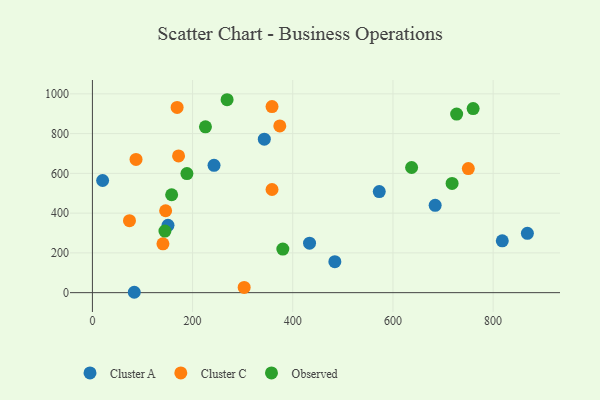
{"axis": {"x": "Engine Size", "y": "Salary"}, "legend": ["Cluster A", "Cluster C", "Observed"], "data": [{"x": "433.5", "y": 248.9, "type": "Cluster A"}, {"x": "684.3", "y": 439.5, "type": "Cluster A"}, {"x": "83.6", "y": 1.9, "type": "Cluster A"}, {"x": "868.4", "y": 298.6, "type": "Cluster A"}, {"x": "20.4", "y": 564.1, "type": "Cluster A"}, {"x": "484.0", "y": 155.9, "type": "Cluster A"}, {"x": "572.7", "y": 508.4, "type": "Cluster A"}, {"x": "343.2", "y": 771.8, "type": "Cluster A"}, {"x": "242.8", "y": 640.7, "type": "Cluster A"}, {"x": "818.3", "y": 260.6, "type": "Cluster A"}, {"x": "150.9", "y": 338.9, "type": "Cluster A"}, {"x": "74.0", "y": 362.2, "type": "Cluster C"}, {"x": "146.2", "y": 412.0, "type": "Cluster C"}, {"x": "87.1", "y": 670.3, "type": "Cluster C"}, {"x": "303.0", "y": 26.3, "type": "Cluster C"}, {"x": "374.1", "y": 838.9, "type": "Cluster C"}, {"x": "172.0", "y": 687.9, "type": "Cluster C"}, {"x": "140.8", "y": 245.8, "type": "Cluster C"}, {"x": "750.5", "y": 624.1, "type": "Cluster C"}, {"x": "169.1", "y": 932.0, "type": "Cluster C"}, {"x": "358.6", "y": 518.8, "type": "Cluster C"}, {"x": "358.6", "y": 936.1, "type": "Cluster C"}, {"x": "188.7", "y": 599.0, "type": "Observed"}, {"x": "380.2", "y": 219.3, "type": "Observed"}, {"x": "760.1", "y": 926.1, "type": "Observed"}, {"x": "727.2", "y": 898.4, "type": "Observed"}, {"x": "637.3", "y": 629.6, "type": "Observed"}, {"x": "225.7", "y": 834.3, "type": "Observed"}, {"x": "268.9", "y": 970.5, "type": "Observed"}, {"x": "718.1", "y": 549.7, "type": "Observed"}, {"x": "144.8", "y": 310.0, "type": "Observed"}, {"x": "158.2", "y": 492.5, "type": "Observed"}]}